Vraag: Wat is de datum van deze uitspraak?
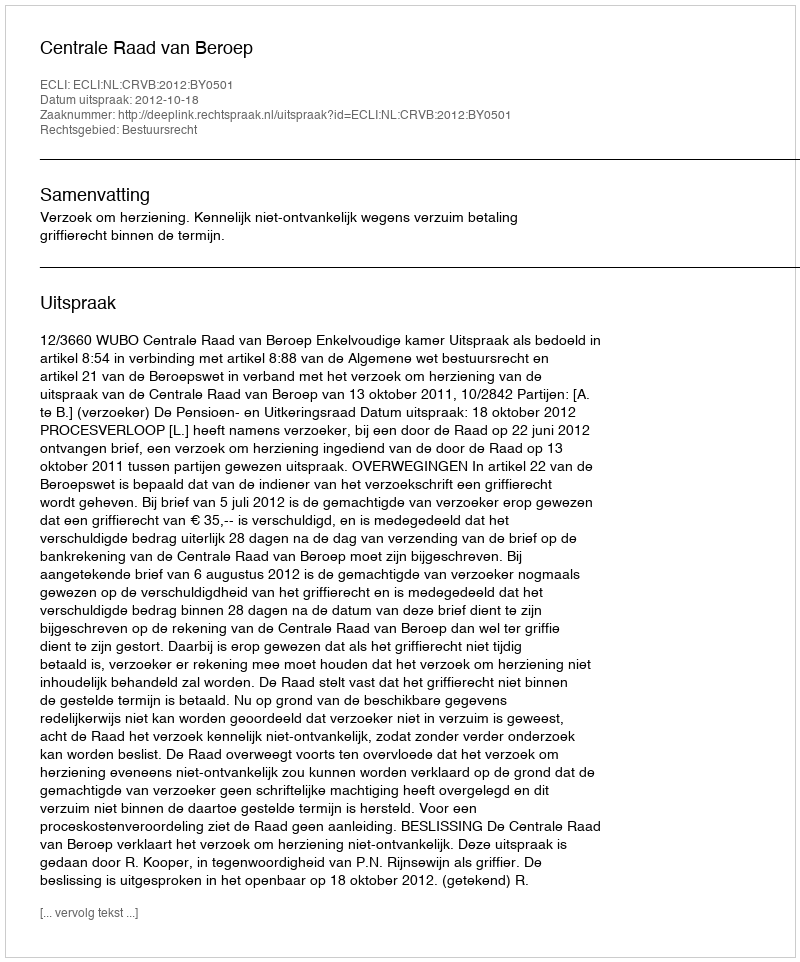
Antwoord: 2012-10-18